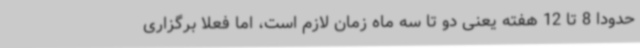
حدودا 8 تا 12 هفته یعنی دو تا سه ماه زمان لازم است، اما فعلا برگزاری